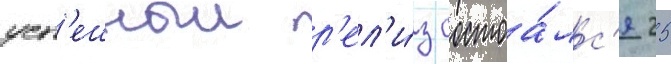
усп'ешныи р'ел'и́з состоа́лс'я 25